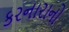
કરનારાનો